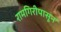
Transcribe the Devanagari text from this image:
रामगिरीपासून